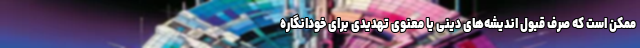
ممکن است که صرف قبول اندیشه‌های دینی یا معنوی تهدیدی برای خودانگاره